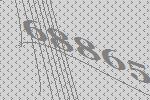
68865